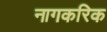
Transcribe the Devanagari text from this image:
नागकरिक